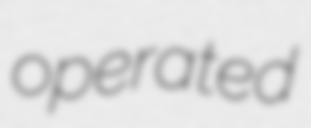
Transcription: operated